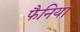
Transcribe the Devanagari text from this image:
फैनिया